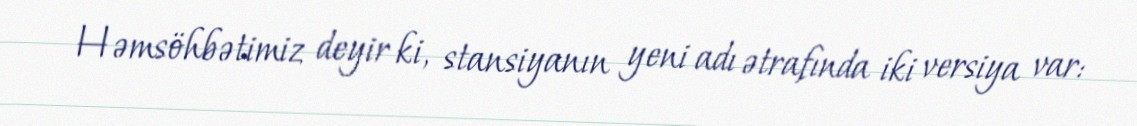
Həmsöhbətimiz deyir ki, stansiyanın yeni adı ətrafında iki versiya var: